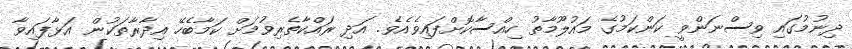
ދިނުމުގައި ވިސްނަންވީ ކަންކަމުގެ މައުލޫމާތު ހިއްސާކޮށްފައިވެއެވެ. އަދި ރައްކާތެރިވުމަށް ކަމާބެހޭ އިދާރާތަކުން އަޅާފައިވާ